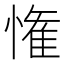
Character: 𭞞